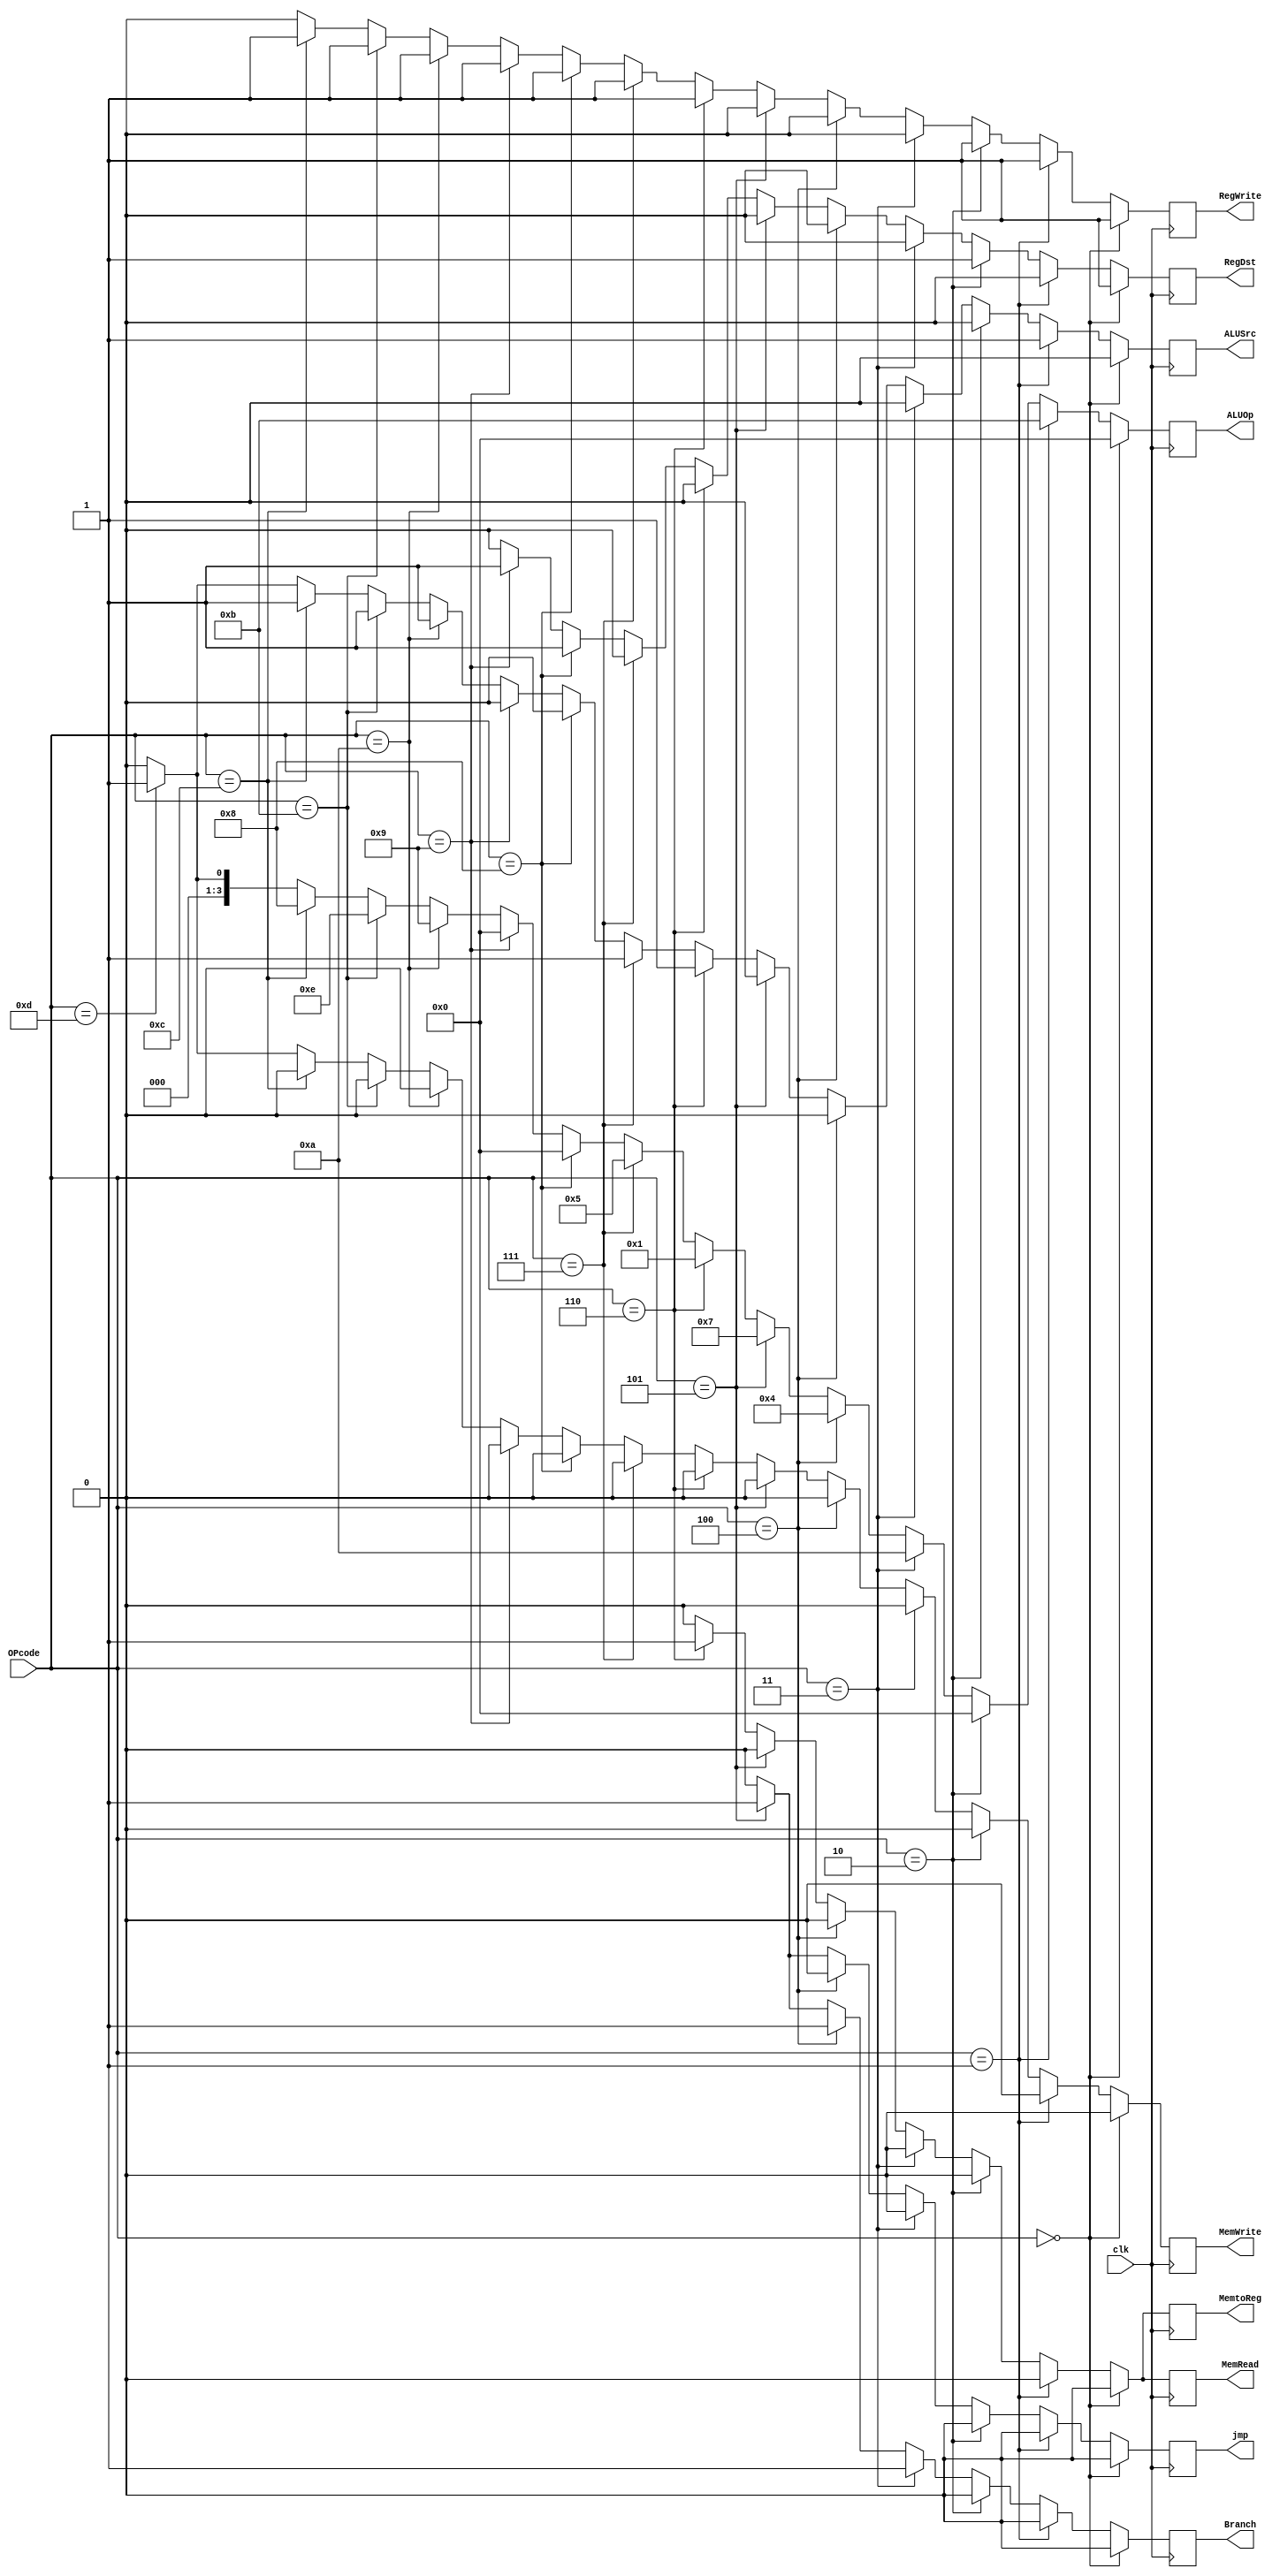
`timescale 1ns / 1ps
//////////////////////////////////////////////////////////////////////////////////
// Company: 
// Engineer: 
// 
// Design Name: 
// Module Name: control
// Project Name: 
// Target Devices: 
// Tool Versions: 
// Description: 
// 
// Dependencies: 
// 
// Revision:
// Revision 0.01 - File Created
// Additional Comments:
// 
//////////////////////////////////////////////////////////////////////////////////


module control(
	 input clk,
    input [3:0] OPcode,
    output reg jmp,
    output reg RegWrite,
    output reg MemtoReg,
    output reg Branch,
    output reg MemRead,
    output reg MemWrite,
    output reg RegDst,
    output reg [3:0] ALUOp,
    output reg ALUSrc
	 );
    
    //R-type operation
	 always@(posedge clk)
		 if (OPcode == 'b0000)
			begin
			  jmp <= 0;
			  RegWrite <= 1;
			  MemtoReg <= 0;
			  Branch <= 0;
			  MemRead <= 0;
			  MemWrite <= 0;
			  RegDst <= 1;
			  ALUOp <= 0000;
			  ALUSrc <= 0;
			end
		 
		 //addi operation
		 else if (OPcode == 0001)
			begin
			  jmp <= 0;
			  RegWrite <= 1;
			  MemtoReg <= 0;
			  Branch <= 0;
			  MemRead <= 0;
			  MemWrite <= 0;
			  RegDst <= 0;
			  ALUOp <= 0011;
			  ALUSrc <= 1;
			end
		 
		 //and operation
		 else if (OPcode == 'b0010)
			  begin
					jmp <= 0;
					RegWrite <= 1;
					MemtoReg <= 0;
					Branch <= 0;
					MemRead <= 0;
					MemWrite <= 0;
					RegDst <= 1;
					ALUOp <= 0000;
					ALUSrc <= 0;
			  end
		 
		 //Beq operation
		  else if (OPcode == 'b0011)
				begin
						 jmp <= 0;
						 RegWrite <= 0;
						 MemtoReg <= 0;
						 Branch <= 1;
						 MemRead <= 0;
						 MemWrite <= 0;
						 RegDst <= 0;
						 ALUOp <= 0010;
						 ALUSrc <= 0;
				end
		 
		 //Bne operation
		 else if (OPcode == 'b0100)
			  begin
						 jmp <= 0;
						 RegWrite <= 0;
						 MemtoReg <= 0;
						 Branch <= 1;
						 MemRead <= 0;
						 MemWrite <= 0;
						 RegDst <= 0;
						 ALUOp <= 0100;
						 ALUSrc <= 0;
			  end
		  
		  //Jmp operation
		  else if (OPcode == 'b0101)
			  begin
						 jmp <= 1;
						 RegWrite <= 0;
						 MemtoReg <= 0;
						 Branch <= 1;
						 MemRead <= 0;
						 MemWrite <= 0;
						 RegDst <= 0;
						 ALUOp <= 1111;
						 ALUSrc <= 0;
			  end
		  
		  //lw operation
		  else if (OPcode == 'b0110)
			 begin
						 jmp <= 0;
						 RegWrite <= 1;
						 MemtoReg <= 1;
						 Branch <= 0;
						 MemRead <= 1;
						 MemWrite <= 0;
						 RegDst <= 0;
						 ALUOp <= 0001;
						 ALUSrc <= 1;
			  end
		
		  //lui operation
		  else if (OPcode == 'b0111)
			  begin
						 jmp <= 0;
						 RegWrite <= 1;
						 MemtoReg <= 0;
						 Branch <= 0;
						 MemRead <= 0;
						 MemWrite <= 0;
						 RegDst <= 0;
						 ALUOp <= 0101;
						 ALUSrc <= 1;
			  end
		  
		  //or operation
		  else if (OPcode == 'b1000) 
			  begin
						 jmp <= 0;
						 RegWrite <= 1;
						 MemtoReg <= 0;
						 Branch <= 0;
						 MemRead <= 0;
						 MemWrite <= 0;
						 RegDst <= 1;
						 ALUOp <= 0000;
						 ALUSrc <= 0;
			  end
		 
		  //xor operation
		  else if (OPcode == 'b1001) 
			  begin
						 jmp <= 0;
						 RegWrite <= 1;
						 MemtoReg <= 0;
						 Branch <= 0;
						 MemRead <= 0;
						 MemWrite <= 0;
						 RegDst <= 1;
						 ALUOp <= 0000;
						 ALUSrc <= 0;
			  end
		  
		  //slti operation
		  else if (OPcode == 'b1010)
			  begin
						 jmp <= 0;
						 RegWrite <= 1;
						 MemtoReg <= 0;
						 Branch <= 0;
						 MemRead <= 0;
						 MemWrite <= 0;
						 RegDst <= 0;
						 ALUOp <= 1001;
						 ALUSrc <= 1;
			  end
		  
		 //sll operation
			else if (OPcode == 'b1011) 
				begin
						  jmp <= 0;
						  RegWrite <= 1;
						  MemtoReg <= 0;
						  Branch <= 0;
						  MemRead <= 0;
						  MemWrite <= 0;
						  RegDst <= 0;
						  ALUOp <= 0110;
						  ALUSrc <= 1;
				end
		  
		  //srl operation
		  else if (OPcode == 'b1100) 
				begin
						 jmp <= 0;
						 RegWrite <= 1;
						 MemtoReg <= 0;
						 Branch <= 0;
						 MemRead <= 0;
						 MemWrite <= 0;
						 RegDst <= 0;
						 ALUOp <= 1000;
						 ALUSrc <= 1;
				end
		  
		  //sw operation
		  else if (OPcode == 'b1101) 
				begin
						 jmp <= 0;
						 RegWrite <= 0;
						 MemtoReg <= 0;
						 Branch <= 0;
						 MemRead <= 0;
						 MemWrite <= 1;
						 RegDst <= 0;
						 ALUOp <= 0001;
						 ALUSrc <= 1;
				end
		  
		  else 
			 begin
				jmp <= 0;
				RegWrite <= 0;
				MemtoReg <= 0;
				Branch <= 0;
				MemRead <= 0;
				MemWrite <= 0;
				RegDst <= 0;
				ALUOp <= 0000;
				ALUSrc <= 0;
			 end
    
endmodule